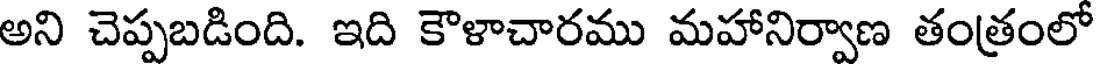
అని చెప్పబడింది. ఇది కౌళాచారము మహానిర్వాణ తంత్రంలో